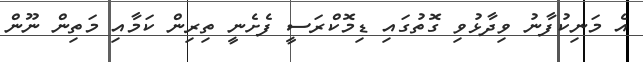
އެ މަނިކުފާނު ވިދާޅުވި ގޮތުގައި ޑިމޮކްރަސީ ފެށެނީ ތިރިން ކަމާއި މަތިން ނޫން